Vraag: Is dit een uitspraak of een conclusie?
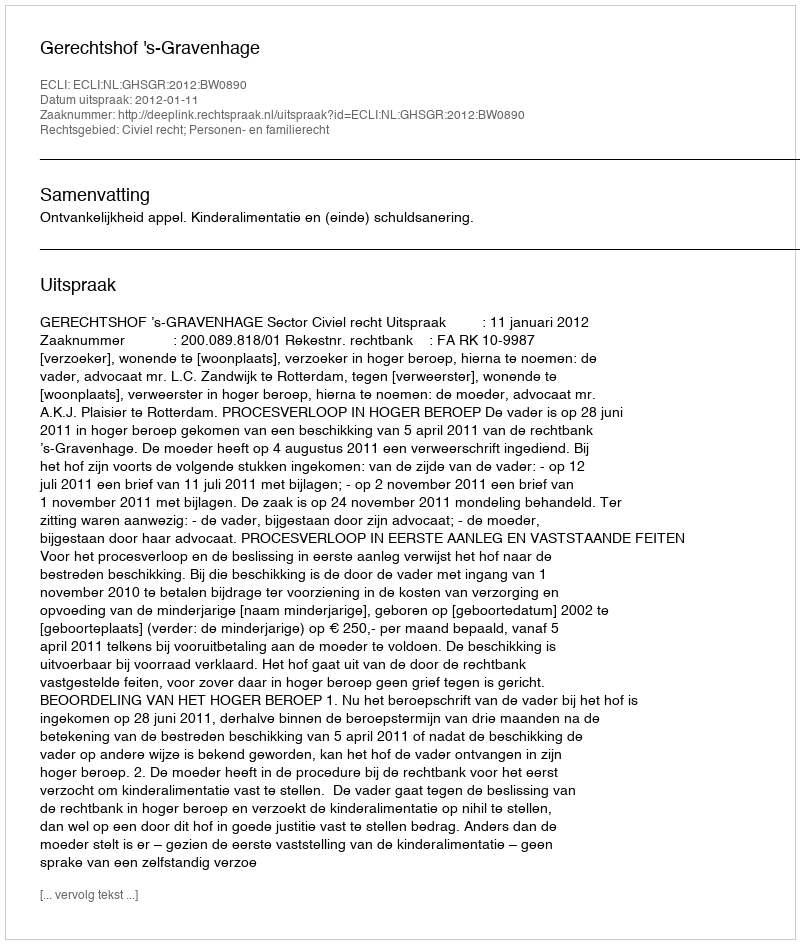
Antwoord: Uitspraak